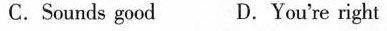
C. Sounds good D. You're right